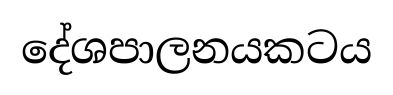
දේශපාලනයකටය